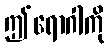
ဤရောဂါကို